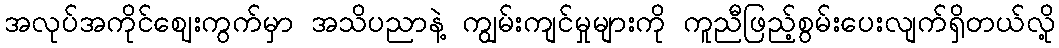
အလုပ်အကိုင်ဈေးကွက်မှာ အသိပညာနဲ့ ကျွမ်းကျင်မှုများကို ကူညီဖြည့်စွမ်းပေးလျက်ရှိတယ်လို့